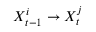
X _ { t - 1 } ^ { i } \rightarrow X _ { t } ^ { j }